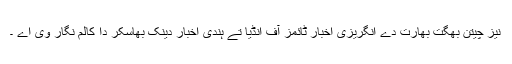
نیز چیتن بھگت بھارت دے انگریزی اخبار ٹائمز آف انڈیا تے ہندی اخبار دینک بھاسکر دا کالم نگار وی اے ۔